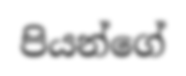
පියන්ගේ